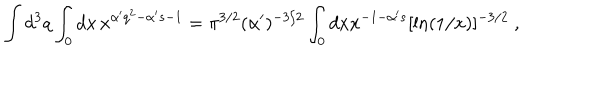
\int d ^ { 3 } q \int _ { 0 } d x \, x ^ { \alpha ^ { \prime } q ^ { 2 } - \alpha ^ { \prime } s - 1 } = \pi ^ { 3 / 2 } ( \alpha ^ { \prime } ) ^ { - 3 / 2 } \int _ { 0 } d x x ^ { - 1 - \alpha ^ { \prime } s } [ \ln ( 1 / x ) ] ^ { - 3 / 2 } \ ,